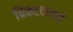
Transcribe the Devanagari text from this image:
चिकटवायचे